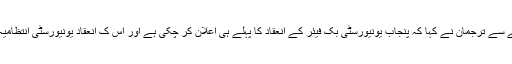
بک فیئر کے حوالے سے ترجمان نے کہا کہ پنجاب یونیورسٹی بک فیئر کے انعقاد کا پہلے ہی اعلان کر چکی ہے اور اس ک انعقاد یونیورسٹی انتظامیہ خود ہی کرے گی۔